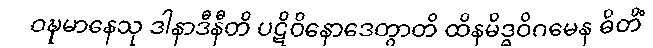
ဝဍ္ဎမာနေသု ဒါနာဒီနီတိ ပဋိဝိနောဒေတွာတိ ထိနမိဒ္ဓဝိဂမေန ဓိတိံ